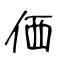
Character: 価